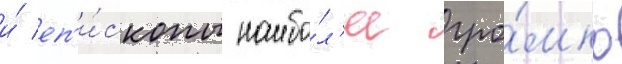
и́ еп'и́скопы наибо́л'ее гро́мко